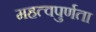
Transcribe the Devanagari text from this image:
महत्वपुर्णता